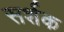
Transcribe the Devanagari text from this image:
सर्शक